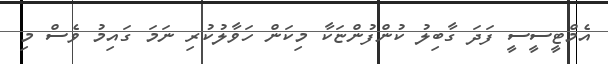
އެމްޓީސީސީ ފަދަ ގާބިލު ކުންފުންޏަކާ މިކަން ހަވާލުކުރި ނަމަ ގައިމު ވެސް މި